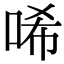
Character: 唏